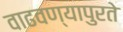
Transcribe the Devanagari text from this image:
वाढवण्यापुरते